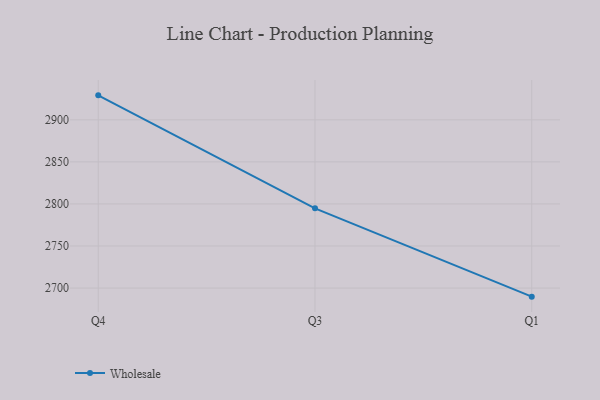
{"axis": {"x": "Quarter", "y": "Demand Index"}, "legend": ["Wholesale"], "data": [{"x": "Q4", "y": 2929.1, "type": "Wholesale"}, {"x": "Q3", "y": 2794.8, "type": "Wholesale"}, {"x": "Q1", "y": 2689.8, "type": "Wholesale"}]}